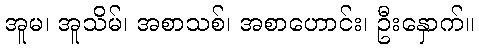
အူမ၊ အူသိမ်၊ အစာသစ်၊ အစာဟောင်း၊ ဦးနှောက်။